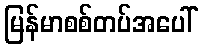
မြန်မာစစ်တပ်အပေါ်